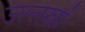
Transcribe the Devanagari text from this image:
उल्लेखाें